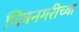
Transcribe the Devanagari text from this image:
चित्रनगरीच्या